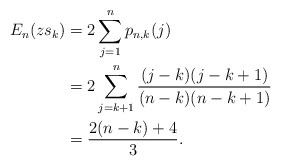
\begin{align*}E_n(zs_k)&=2\sum_{j=1}^n p_{n,k}(j)\\ &=2\sum_{j=k+1}^n\frac{(j-k)(j-k+1)}{(n-k)(n-k+1)}\\ &=\frac{2(n-k)+4}{3}.\end{align*}